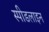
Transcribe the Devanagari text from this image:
स्पीडलाइन